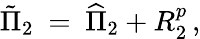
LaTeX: \tilde{\Pi}_{2}\ =\ \widehat{\Pi}_{2}+R_{2}^{p}\, ,